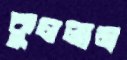
কুললাম